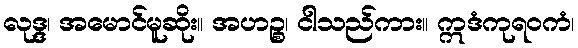
လုဒ္ဒ၊ အမောင်မူဆိုး။ အဟဉ္စ၊ ငါသည်ကား။ ဣဒံကုရဝကံ၊